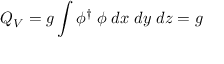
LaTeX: Q _ { V } = g \int \phi ^ { \dagger } \; \phi \; d x \; d y \; d z = g